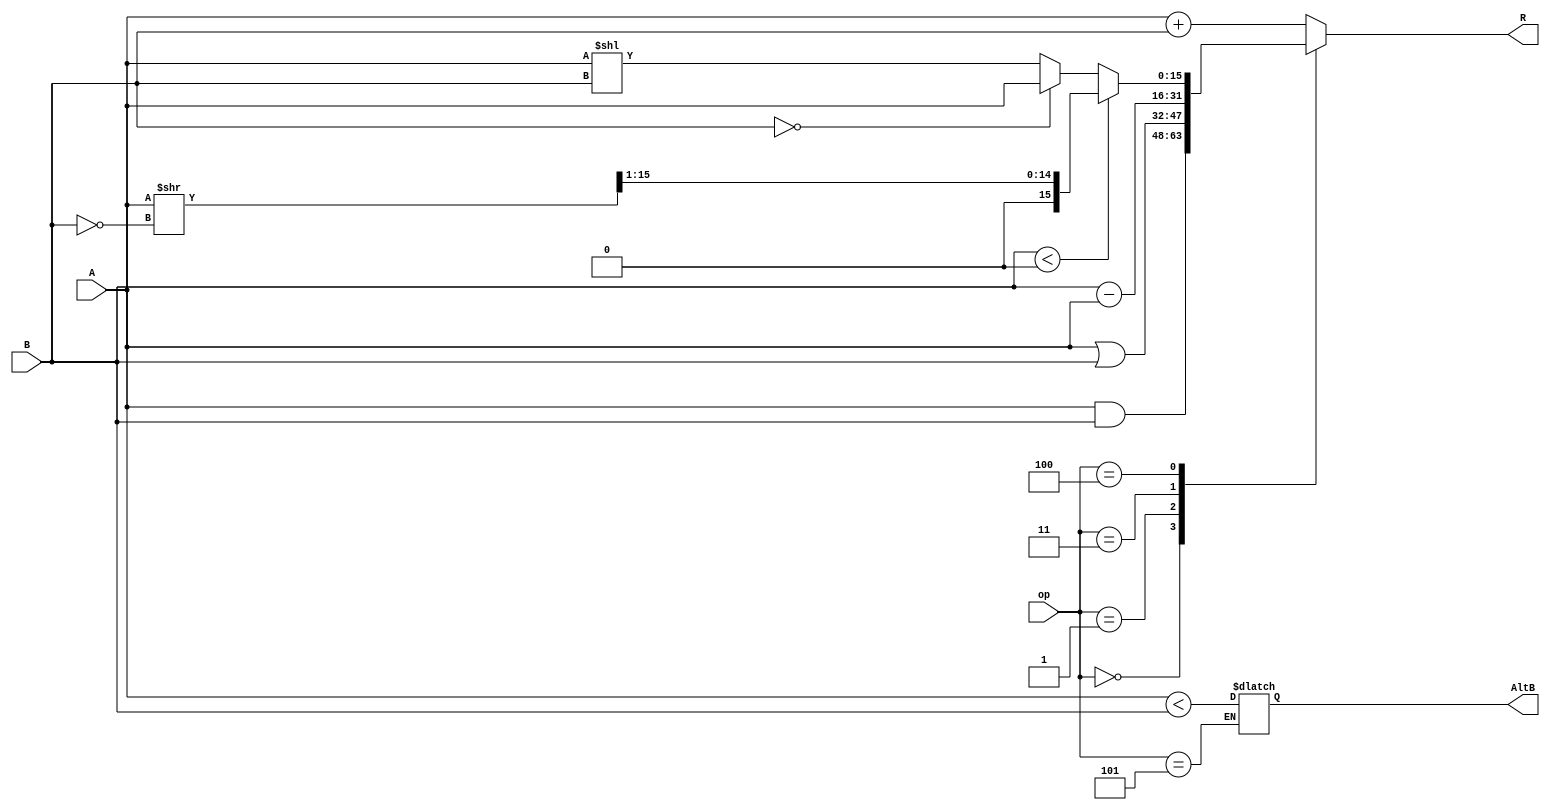
`timescale 1ns / 1ps

module alu_16_bit(
    input [15:0] A,
    input [15:0] B,
    input [2:0] op,
    output reg [15:0] R,
    output reg AltB
    );
	 
	 always @ * begin
	 
		 case (op)
			0: R = A & B; 	// And
			1: R = A | B; 	// Or
			2: R = A + B;	// Add
			3: R = B - A;	// Sub
			4: if ($signed(B) < 0) begin // shift
					R = (A >>(~B)) >> 1;
				end
				else if (B == 0) begin
					R = A;
				end
				else begin
					R = A << B;
				end
			5: begin // slt
				AltB = (A < B);
				R = A + B;
				end
			default: R = A + B;
		 endcase
			
	 end
	 
endmodule